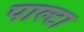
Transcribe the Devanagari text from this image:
पाल्टा